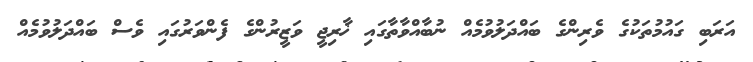
އަރަބި ގައުމުތަކުގެ ވެރިންގެ ބައްދަލުވުމެއް ނުބާއްވާތާގައި ޚާރިޖީ ވަޒީރުންގެ ފެންވަރުގައި ވެސް ބައްދަލުވުމެއް